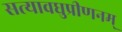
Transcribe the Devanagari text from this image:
सत्यावघुप्रीणनम्